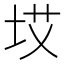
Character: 㘷